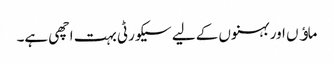
ماﺅں اور بہنوں کے لیے سیکورٹی بہت اچھی ہے۔